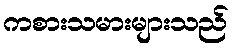
ကစားသမားများသည်